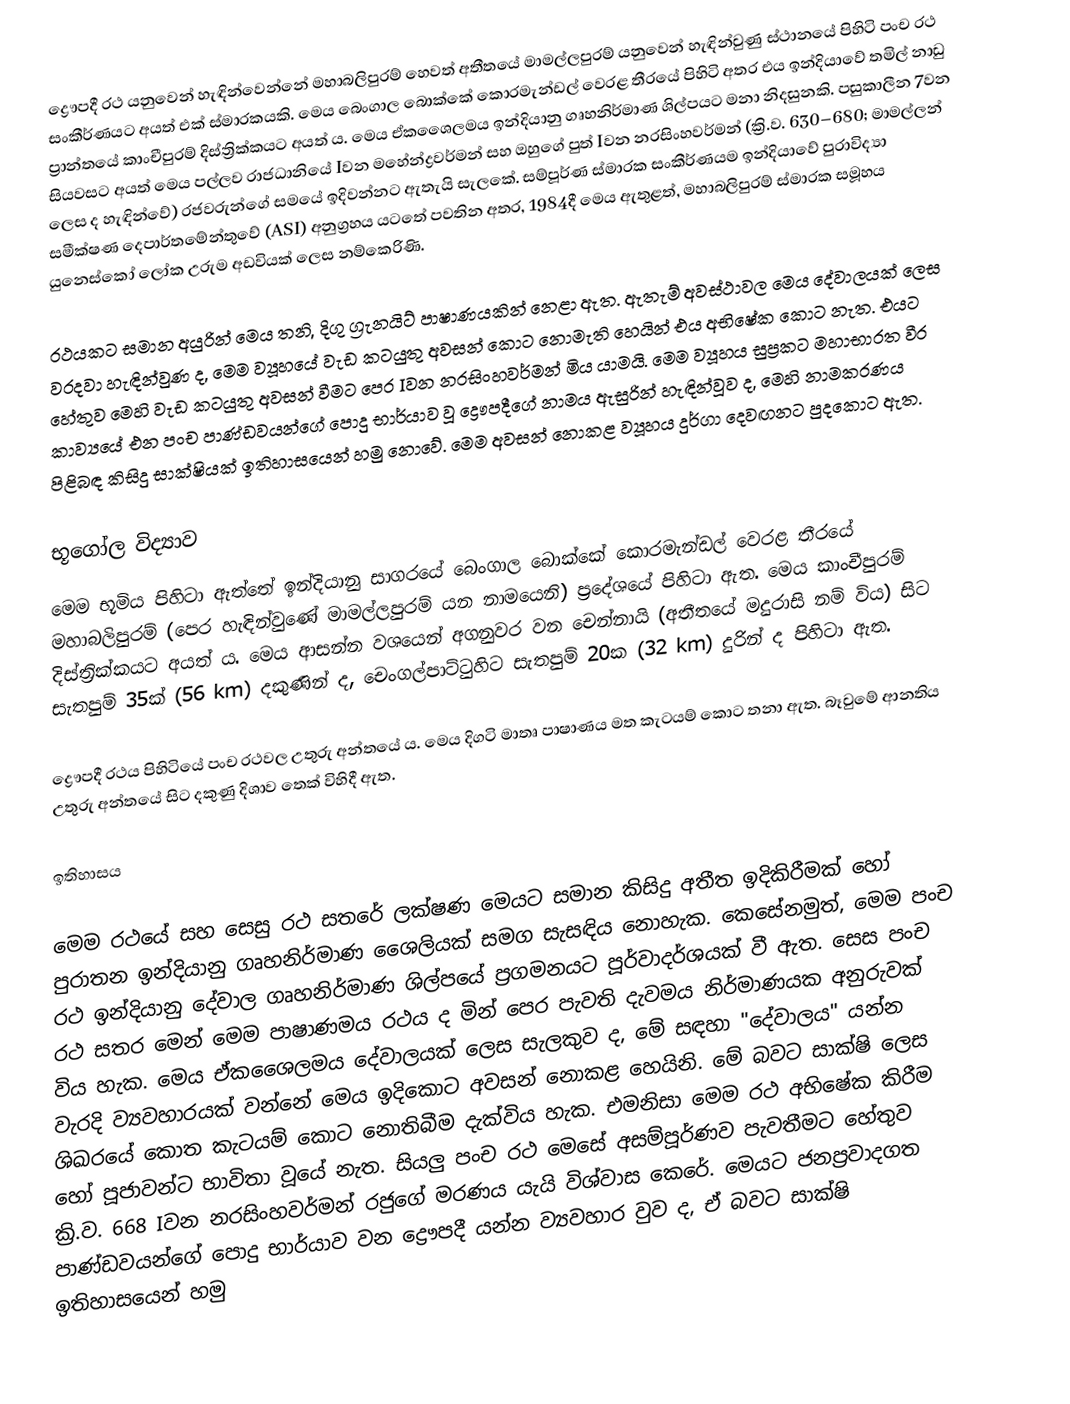
ද්‍රෞපදී රථ යනුවෙන් හැඳින්වෙන්නේ මහාබලිපුරම් හෙවත් අතීතයේ මාමල්ලපුරම් යනුවෙන් හැඳින්වුණු ස්ථානයේ පිහිටි පංච රථ සංකීර්ණයට අයත් එක් ස්මාරකයකි. මෙය බෙංගාල බොක්කේ කොරමැන්ඩල් වෙරළ තීරයේ පිහිටි අතර එය ඉන්දියාවේ තමිල් නාඩු ප්‍රාන්තයේ කාංචීපුරම් දිස්ත්‍රික්කයට අයත් ය. මෙය ඒකශෛලමය ඉන්දියානු ගෘහනිර්මාණ ශිල්පයට මනා නිදසුනකි. පසුකාලීන 7වන සියවසට අයත් මෙය පල්ලව රාජධානියේ Iවන මහේන්ද්‍රවර්මන් සහ ඔහුගේ පුත් Iවන නරසිංහවර්මන් (ක්‍රි.ව. 630–680; මාමල්ලන් ලෙස ද හැඳින්වේ) රජවරුන්ගේ සමයේ ඉදිවන්නට ඇතැයි සැලකේ. සම්පූර්ණ ස්මාරක සංකීර්ණයම ඉන්දියාවේ පුරාවිද්‍යා සමීක්ෂණ දෙපාර්තමේන්තුවේ (ASI) අනුග්‍රහය යටතේ පවතින අතර, 1984දී මෙය ඇතුළත්, මහාබලිපුරම් ස්මාරක සමූහය යුනෙස්කෝ ලෝක උරුම අඩවියක් ලෙස නම්කෙරිණි.

රථයකට සමාන අයුරින් මෙය තනි, දිගු ග්‍රැනයිට් පාෂාණයකින් නෙළා ඇත. ඇතැම් අවස්ථාවල මෙය දේවාලයක් ලෙස වරදවා හැඳින්වුණ ද, මෙම ව්‍යූහයේ වැඩ කටයුතු අවසන් කොට නොමැති හෙයින් එය අභිෂේක කොට නැත. එයට හේතුව මෙහි වැඩ කටයුතු අවසන් වීමට පෙර Iවන නරසිංහවර්මන් මිය යාමයි. මෙම ව්‍යූහය සුප්‍රකට මහාභාරත වීර කාව්‍යයේ එන පංච පාණ්ඩවයන්ගේ පොදු භාර්යාව වූ ද්‍රෞපදීගේ නාමය ඇසුරින් හැඳින්වූව ද, මෙහි නාමකරණය පිළිබඳ කිසිදු සාක්ෂියක් ඉතිහාසයෙන් හමු නොවේ. මෙම අවසන් නොකළ ව්‍යූහය දුර්ගා දෙවඟනට පුදකොට ඇත.

භූගෝල විද්‍යාව
මෙම භූමිය පිහිටා ඇත්තේ ඉන්දියානු සාගරයේ බෙංගාල බොක්කේ කොරමැන්ඩල් වෙරළ තීරයේ මහාබලිපුරම් (පෙර හැඳින්වුණේ මාමල්ලපුරම් යන නාමයෙනි) ප්‍රදේශයේ පිහිටා ඇත. මෙය කාංචීපුරම් දිස්ත්‍රික්කයට අයත් ය. මෙය ආසන්න වශයෙන් අගනුවර වන චෙන්නායි (අතීතයේ මදුරාසි නම් විය) සිට සැතපුම් 35ක් (56 km) දකුණින් ද, චෙංගල්පාට්ටුහිට සැතපුම් 20ක (32 km) දුරින් ද පිහිටා ඇත.

ද්‍රෞපදී රථය පිහිටියේ පංච රථවල උතුරු අන්තයේ ය. මෙය දිගටි මාතෘ පාෂාණය මත කැටයම් කොට තනා ඇත. බෑවුමේ ආනතිය උතුරු අන්තයේ සි‍ට දකුණු දිශාව තෙක් විහිදී ඇත.

ඉතිහාසය

මෙම රථයේ සහ සෙසු රථ සතරේ ලක්ෂණ මෙයට සමාන කිසිදු අතීත ඉදිකිරීමක් හෝ පුරාතන ඉන්දියානු ගෘහනිර්මාණ ශෛලියක් සමග සැසඳිය නොහැක. කෙසේනමුත්, මෙම පංච රථ ඉන්දියානු දේවාල ගෘහනිර්මාණ ශිල්පයේ ප්‍රගමනයට පූර්වාදර්ශයක් වී ඇත. සෙස පංච රථ සතර මෙන් මෙම පාෂාණමය රථය ද මින් පෙර පැවති දැවමය නිර්මාණයක අනුරුවක් විය හැක. මෙය ඒකශෛලමය දේවාලයක් ලෙස සැලකුව ද, මේ සඳහා "දේවාලය" යන්න වැරදි ව්‍යවහාරයක් වන්නේ මෙය ඉදිකොට අවසන් නොකළ හෙයිනි. මේ බවට සාක්ෂි ලෙස ශිඛරයේ කොත කැටයම් කොට නොතිබීම දැක්විය හැක. එමනිසා මෙම රථ අභිෂේක කිරීම හෝ පූජාවන්ට භාවිතා වූයේ නැත. සියලු පංච රථ මෙසේ අසම්පූර්ණව පැවතීමට හේතුව ක්‍රි.ව. 668 Iවන නරසිංහවර්මන් රජුගේ මරණය යැයි විශ්වාස කෙරේ. මෙයට ජනප්‍රවාදගත පාණ්ඩවයන්ගේ පොදු භාර්යාව වන ද්‍රෞපදී යන්න ව්‍යවහාර වුව ද, ඒ බවට සාක්ෂි ඉතිහාසයෙන් හමු